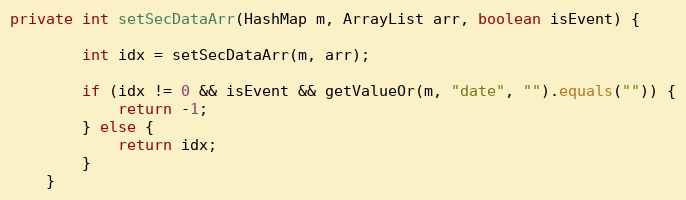
Language: Java
private int setSecDataArr(HashMap m, ArrayList arr, boolean isEvent) {

        int idx = setSecDataArr(m, arr);

        if (idx != 0 && isEvent && getValueOr(m, "date", "").equals("")) {
            return -1;
        } else {
            return idx;
        }
    }